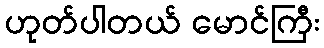
ဟုတ်ပါတယ် မောင်ကြီး